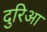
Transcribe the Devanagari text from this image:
दुरिआ